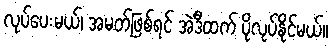
လုပ်ပေးမယ်၊ အမတ်ဖြစ်ရင် အဲဒီထက် ပိုလုပ်နိုင်မယ်။